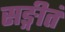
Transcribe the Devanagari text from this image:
सङ्गीतं